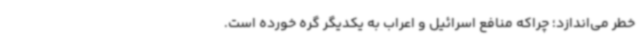
خطر می‌اندازد؛ چراکه منافع اسرائیل و اعراب به یکدیگر گره خورده است.